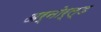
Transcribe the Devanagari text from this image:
अर्नोर्ल्ड